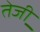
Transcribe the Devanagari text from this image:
तेजी़